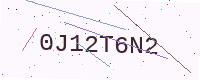
Text: 0J12T6N2